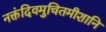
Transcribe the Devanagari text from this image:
नक्तंदिवमुचितमीशानि